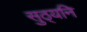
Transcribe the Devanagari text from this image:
सुठ्यनि